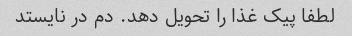
لطفا پیک غذا را تحویل دهد. دم در نایستد